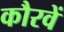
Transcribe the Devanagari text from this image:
कौरवें